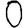
Digit: 0